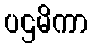
ပဌမိကာ